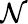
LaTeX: {\cal N}